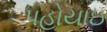
પહોયાઇ